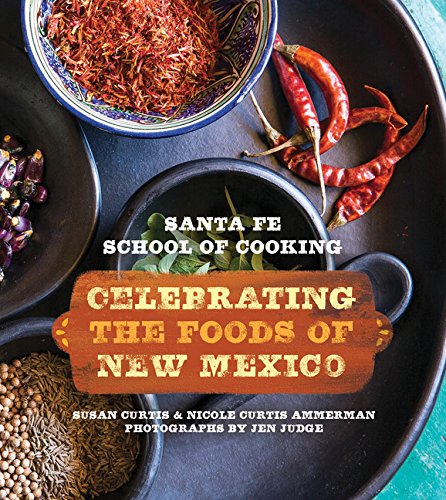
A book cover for Santa Fe School of Cooking: Celebrating the Foods of New Mexico; Susan D. Curtis; Cookbooks, Food & Wine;